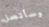
وسأتصل